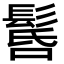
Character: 䯺